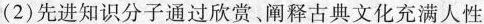
(2)先进知识分子通过欣赏、阐释古典文化充满人性